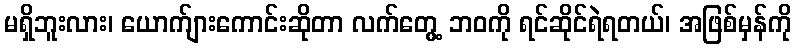
မရှိဘူးလား၊ ယောက်ျားကောင်းဆိုတာ လက်တွေ့ ဘဝကို ရင်ဆိုင်ရဲရတယ်၊ အဖြစ်မှန်ကို